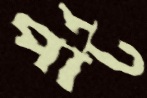
পার্ট